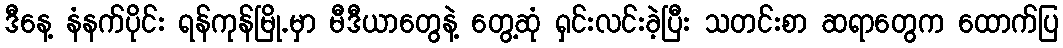
ဒီနေ့ နံနက်ပိုင်း ရန်ကုန်မြို.မှာ မီဒီယာတွေနဲ့ တွေ့ဆုံ ရှင်းလင်းခဲ့ပြီး သတင်းစာ ဆရာတွေက ထောက်ပြ